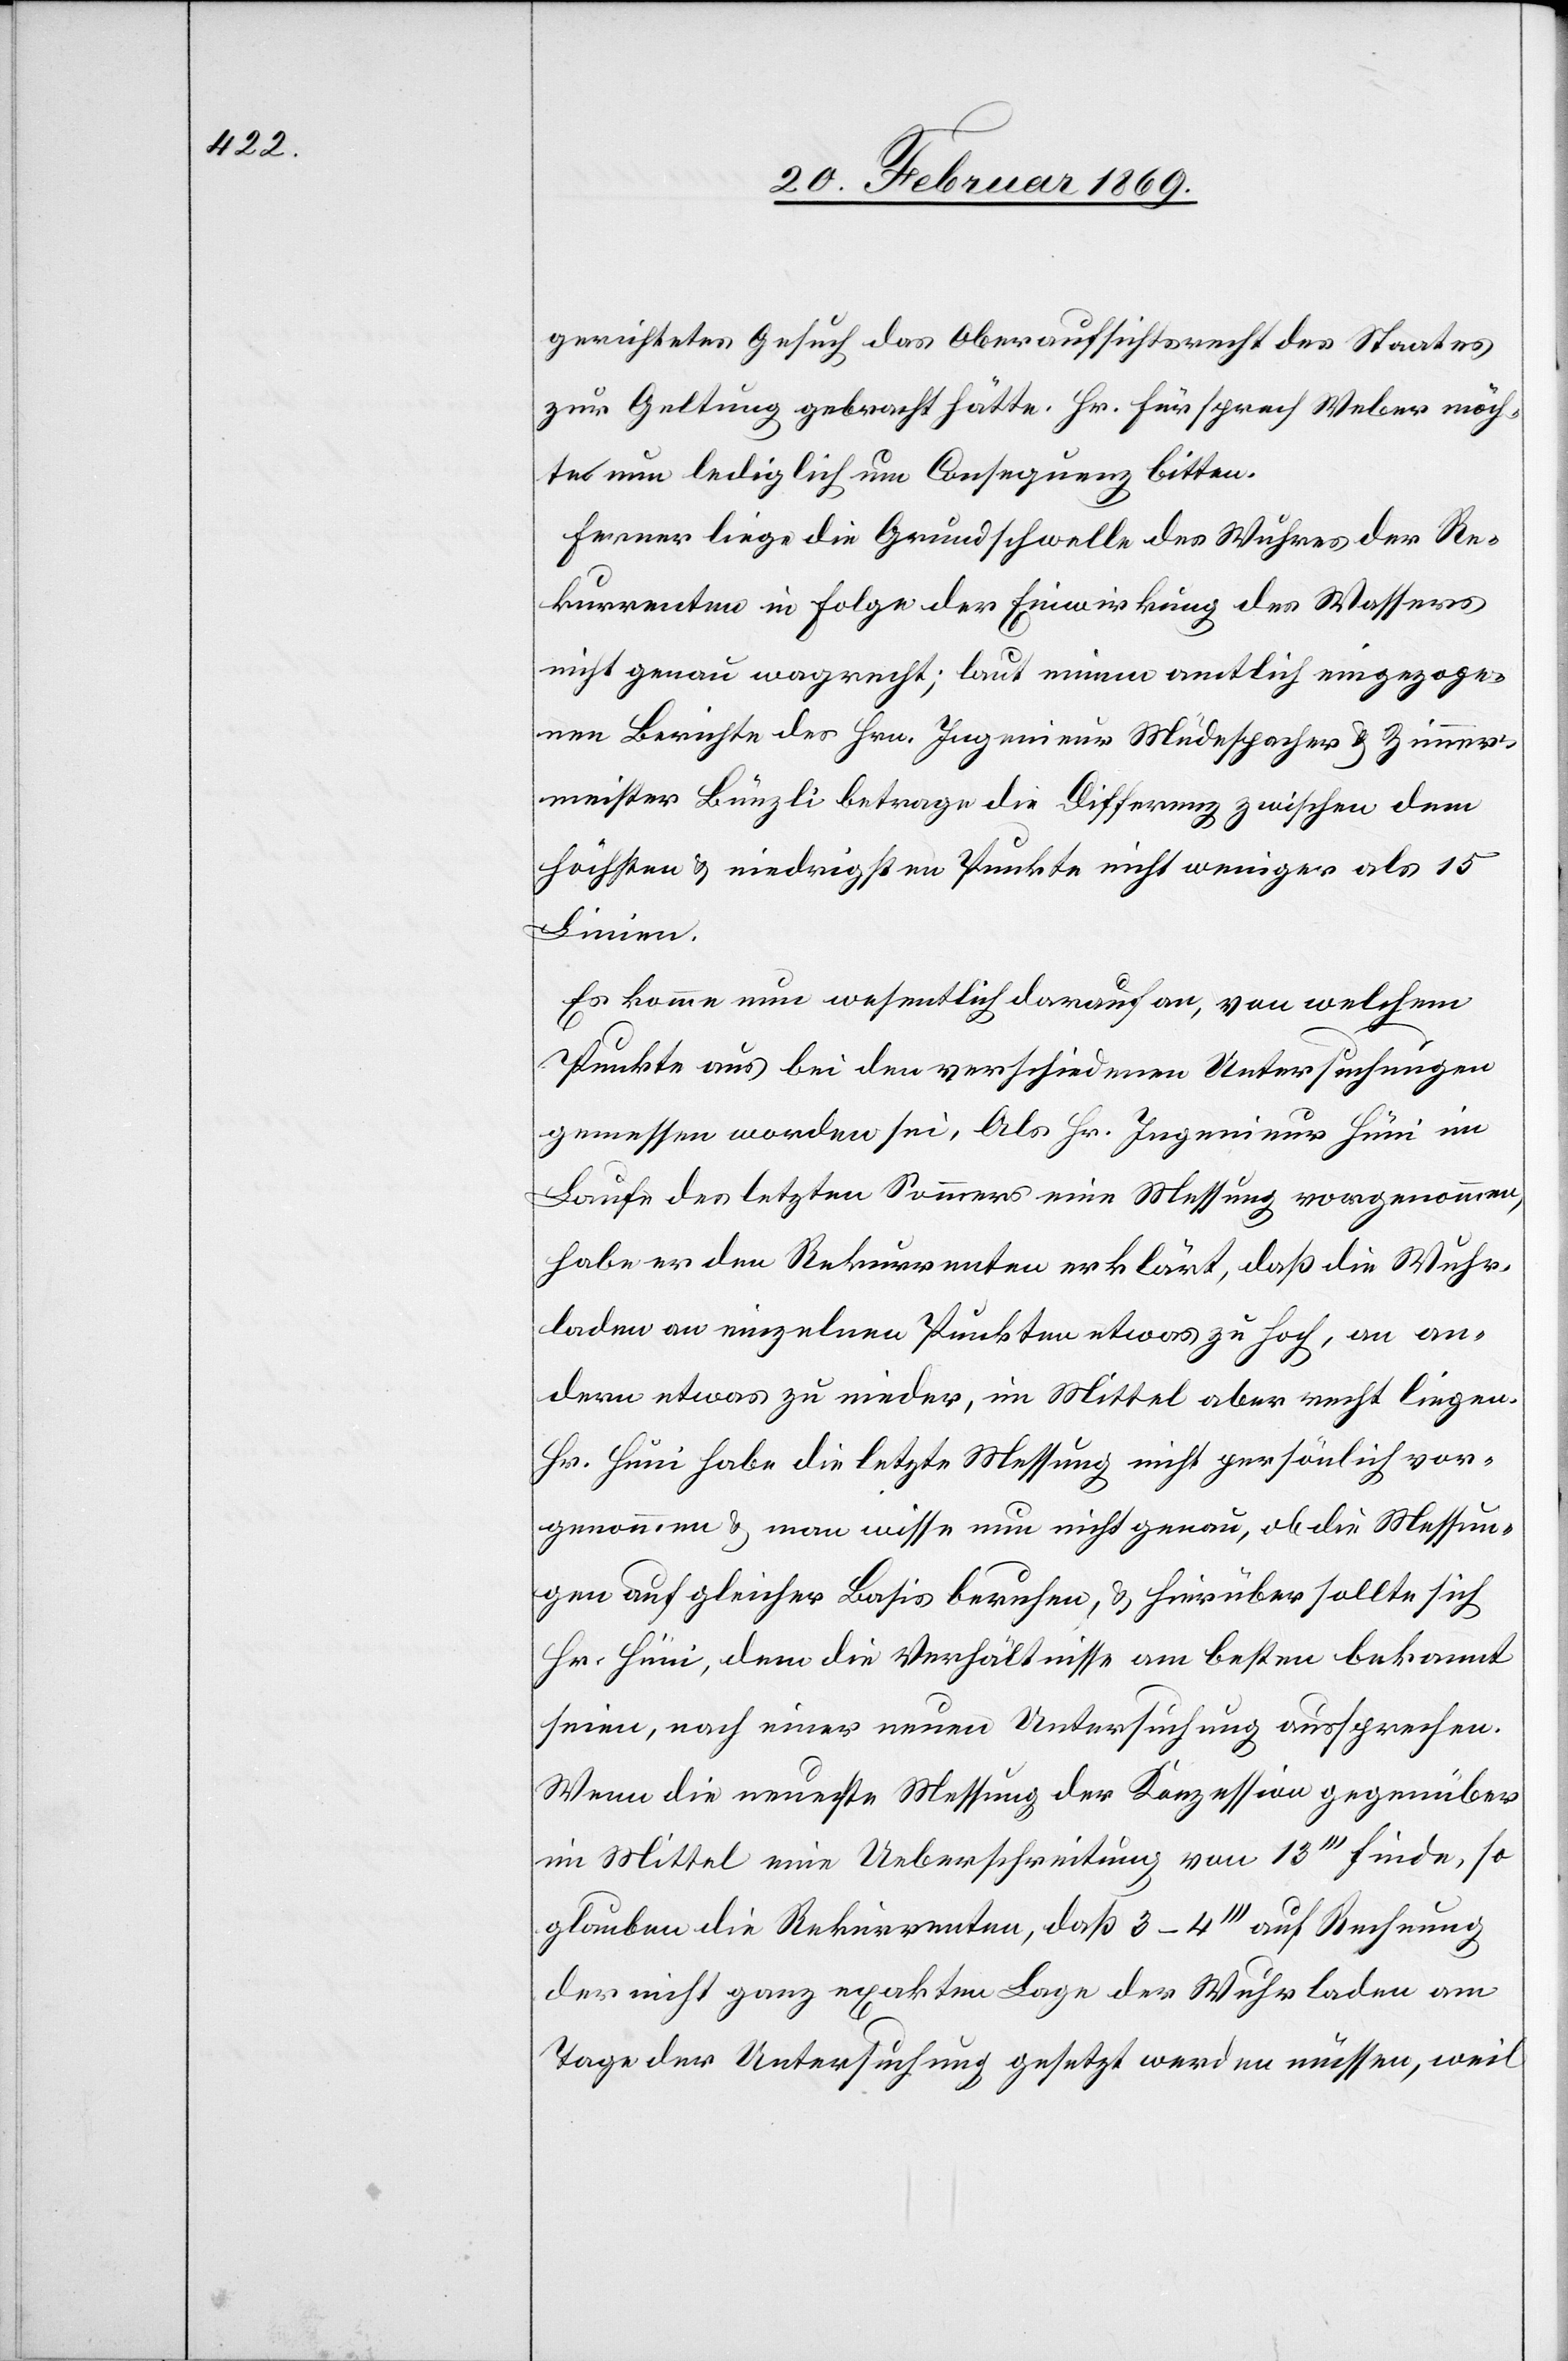
gerichtetes Gesuch das Oberaufsichtsrecht des Staates
zur Geltung gebracht hätte. Hr. Fürsprech Weber möch¬
te nun lediglich um Consequenz bitten.
Ferner liege die Grundschwelle des Wuhres der Re¬
kurrenten in Folge der Einwirkung des Wassers
nicht genau wagrecht; laut einem amtlich eingezoge¬
nen Berichte des Hrn. Ingenieur Müdespacher & Zimmer¬
meister Bünzli betrage die Differenz zwischen dem
Höchsten & niedrigsten Punkte nicht weniger als 15
Linien.
Es komme nun wesentlich darauf an, von welchem
Punkte aus bei den verschiedenen Untersuchungen
gemessen worden sei. Als Hr. Ingenieur Hüni im
Laufe des letzten Sommers eine Messung vorgenommen,
habe er den Rekurrenten erklärt, daß die Wuhr¬
laden an einzelnen Punkten etwas zu hoch, an an¬
dern etwas zu nieder, im Mittel aber recht liegen.
Hr. Hüni habe die letzte Messung nicht persönlich vor¬
genommen & man wisse nun nicht genau, ob die Messun¬
gen auf gleicher Basis beruhen, & hierüber sollte sich
Hr. Hüni, dem die Verhältnisse am besten bekannt
seien, nach einer neuen Untersuchung aussprechen.
Wenn die neueste Messung der Konzession gegenüber
im Mittel eine Ueberschreitung von 13’’’ finde, so
glauben die Rekurrenten, daß 3–4’’’ auf Rechnung
der nicht ganz exakten Lage der Wuhrladen am
Tage der Untersuchung gesetzt werden müssen, weil